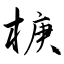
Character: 椩